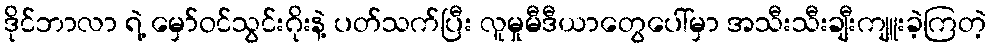
ဒိုင်ဘာလာ ရဲ့ မှော်ဝင်သွင်းဂိုးနဲ့ ပတ်သက်ပြီး လူမှုမီဒီယာတွေပေါ်မှာ အသီးသီးချီးကျူးခဲ့ကြတဲ့